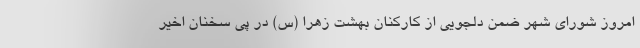
امروز شورای شهر ضمن دلجویی از کارکنان بهشت زهرا (س) در پی سخنان اخیر